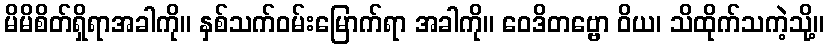
မိမိစိတ်ရှိရာအခါကို။ နှစ်သက်ဝမ်းမြောက်ရာ အခါကို။ ဝေဒိတဗ္ဗော ဝိယ၊ သိထိုက်သကဲ့သို့။